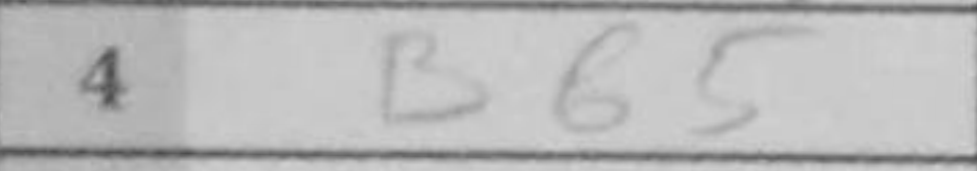
Transcription: Bb5